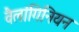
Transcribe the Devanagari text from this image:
वैलांगिनियन